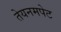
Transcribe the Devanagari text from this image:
तेयनमपेट